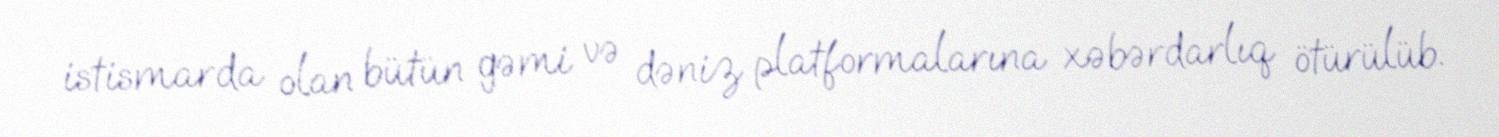
istismarda olan bütün gəmi və dəniz platformalarına xəbərdarlıq ötürülüb.